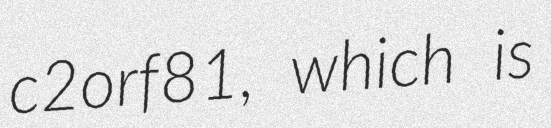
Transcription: c2orf81, which is